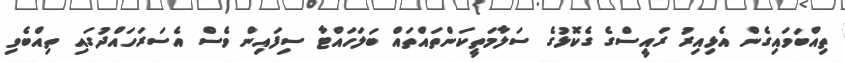
ތިއްބަވައިގެން އެޅިއިރު ރައީސްގެ ގެކޮޅުގެ ސަލާމަތީކަންތައްތައް ބަލަހައްޓާ ސިފައިން ވެސް އެސަރަހައްދުގައި ތިއްބެވި